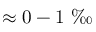
\approx 0 - 1 \mathrm { ~ \textperthousand ~ }